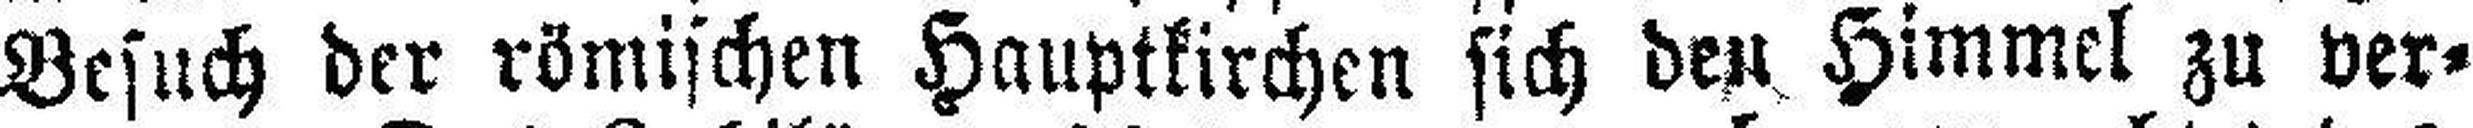
Besuch der römischen Hauptkirchen sich den Himmel zu ver¬